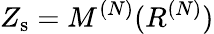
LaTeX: Z_{\mathrm{s}}=M^{(N)}(R^{(N)})